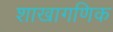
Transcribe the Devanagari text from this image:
शाखागणिक